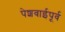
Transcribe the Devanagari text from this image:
पेशवाईपूर्व